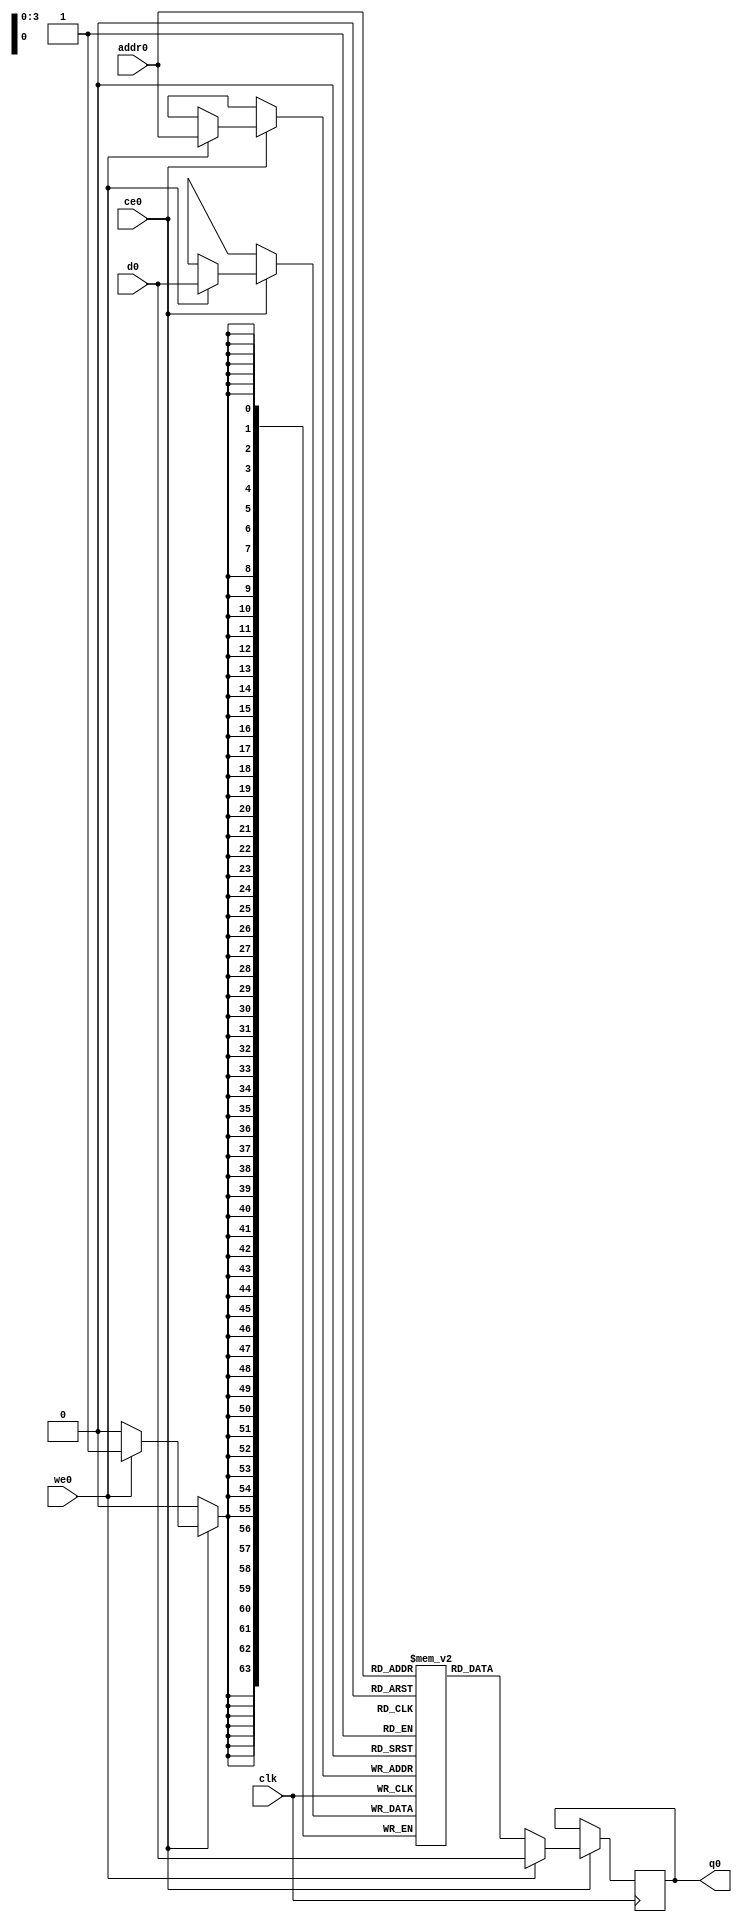
module nfa_accept_sample_multi_next_buckets_ram (addr0, ce0, d0, we0, q0,  clk);

parameter DWIDTH = 64;
parameter AWIDTH = 4;
parameter MEM_SIZE = 16;

input[AWIDTH-1:0] addr0;
input ce0;
input[DWIDTH-1:0] d0;
input we0;
output reg[DWIDTH-1:0] q0;
input clk;

(* ram_style = "block" *)reg [DWIDTH-1:0] ram[MEM_SIZE-1:0];




always @(posedge clk)  
begin 
    if (ce0) 
    begin
        if (we0) 
        begin 
            ram[addr0] <= d0; 
            q0 <= d0;
        end 
        else 
            q0 <= ram[addr0];
    end
end


endmodule